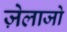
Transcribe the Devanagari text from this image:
ज़ेलाजो